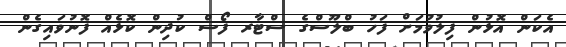
އެކަން އޮޅުން ފިލުވުމަށް ފަހު ބްލޫސްގެ ސްޓާރ ފޯސް ކުދިން ކޮޅެއް ފޮނުވައިގެން